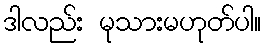
ဒါလည်း မုသားမဟုတ်ပါ။